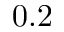
0 . 2